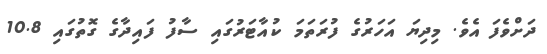
ދަށްވެފަ އެވެ. މިދިޔަ އަހަރުގެ ފުރަތަމަ ކުއާޓަރުގައި ސާފު ފައިދާގެ ގޮތުގައި 10.8